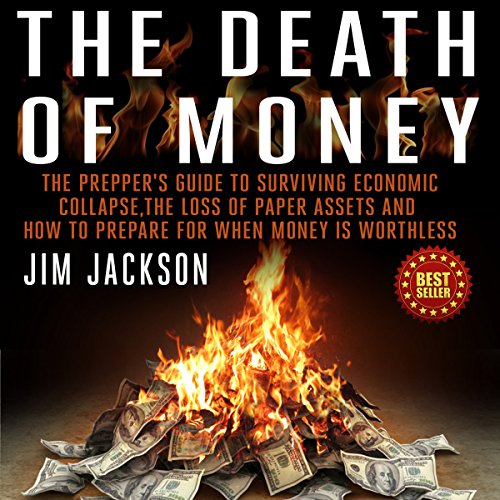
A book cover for The Death of Money: The Prepper's Guide to Surviving Economic Collapse, The Loss of Paper Assets, and How to Prepare when Money Is Worthless; Jim Jackson; Business & Money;